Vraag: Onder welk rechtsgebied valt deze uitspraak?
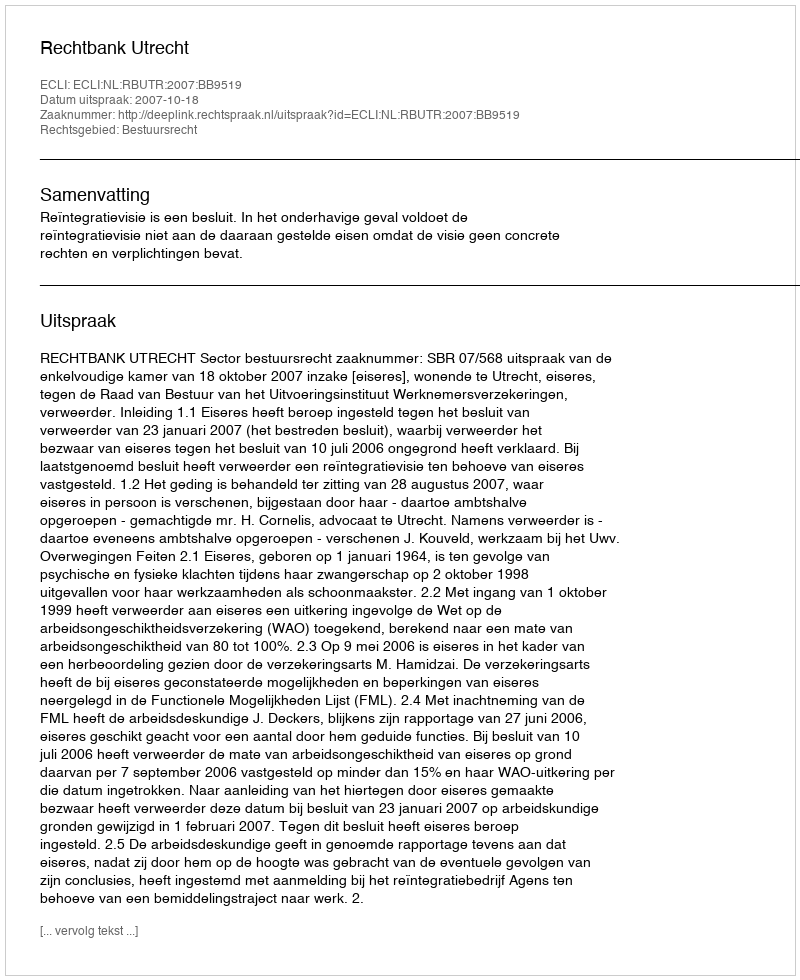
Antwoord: Bestuursrecht